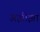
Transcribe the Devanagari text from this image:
अझीझा